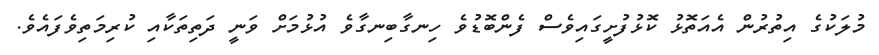
މުލަކުގެ އިތުރުން އެއަތޮޅު ކޮޅުފުށީގައިވެސް ފެންބޮޑުވެ ހިނގާބިނގާވެ އުޅުމަށް ވަނީ ދަތިތަކާއި ކުރިމަތިވެފައެވެ.